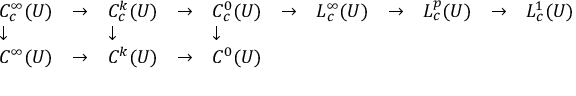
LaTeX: \begin{array} { l l l l l l l l l l l } { C _ { c } ^ { \infty } ( U ) } & { \to } & { C _ { c } ^ { k } ( U ) } & { \to } & { C _ { c } ^ { 0 } ( U ) } & { \to } & { L _ { c } ^ { \infty } ( U ) } & { \to } & { L _ { c } ^ { p } ( U ) } & { \to } & { L _ { c } ^ { 1 } ( U ) } \\ { \downarrow } & { } & { \downarrow } & { } & { \downarrow } & { } & { } & { } & { } & { } & { } \\ { C ^ { \infty } ( U ) } & { \to } & { C ^ { k } ( U ) } & { \to } & { C ^ { 0 } ( U ) } & { } & { } & { } & { } & { } & { } \end{array}